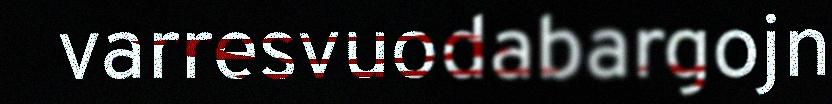
varresvuodabargojn